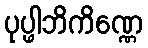
ပုပ္ဖါဘိကိဏ္ဏေ